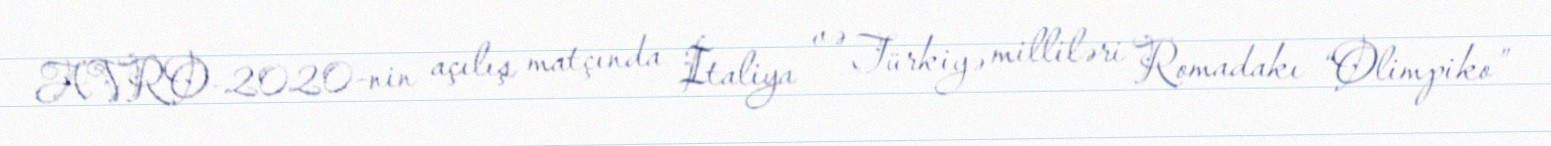
AVRO-2020-nin açılış matçında İtaliya və Türkiyə milliləri Romadakı “Olimpiko”